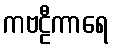
ကဗဠီကာရေ